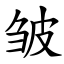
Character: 皱